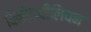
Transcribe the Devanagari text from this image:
विनीज़वीलियन